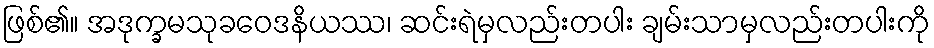
ဖြစ်၏။ အဒုက္ခမသုခဝေဒနိယဿ၊ ဆင်းရဲမှလည်းတပါး ချမ်းသာမှလည်းတပါးကို